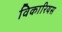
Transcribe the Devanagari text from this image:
विकारियस